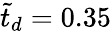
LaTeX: \tilde{t}_{d}=0.35